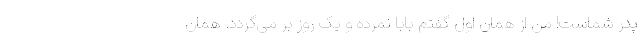
پدر شماست! من از همان اول گفتم بابا نمرده و یک روز بر می‌گردد. همان